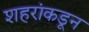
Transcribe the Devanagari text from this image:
शहरांकडून